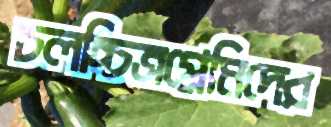
চলচ্চিত্রপ্রেমিদের